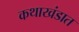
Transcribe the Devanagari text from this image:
कथाखंडात